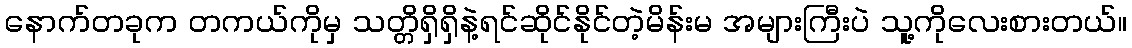
နောက်တခုက တကယ်ကိုမှ သတ္တိရှိရှိနဲ့ရင်ဆိုင်နိုင်တဲ့မိန်းမ အများကြီးပဲ သူ့ကိုလေးစားတယ်။